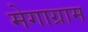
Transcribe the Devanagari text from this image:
मेगाग्राम